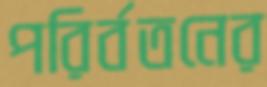
পরির্বতনের